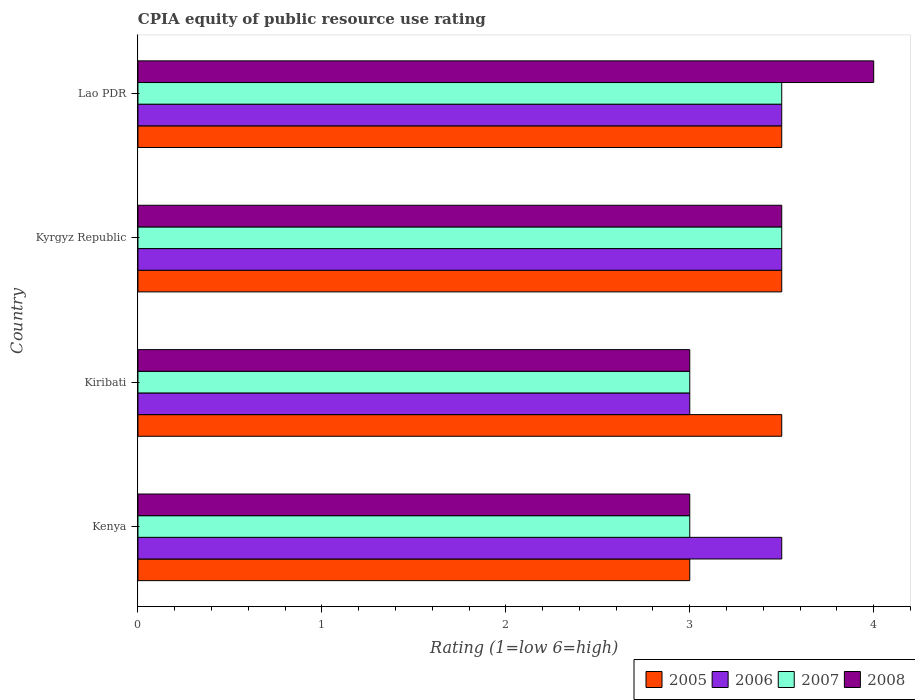
| Country | 2005 | 2006 | 2007 | 2008 |
 | --- | --- | --- | --- | --- |
 | Kenya | 3 | 3.5 | 3 | 3 |
 | Kiribati | 3.5 | 3 | 3 | 3 |
 | Kyrgyz Republic | 3.5 | 3.5 | 3.5 | 3.5 |
 | Lao PDR | 3.5 | 3.5 | 3.5 | 4 |